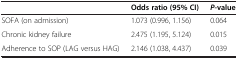
|  | Odds ratio (95% CI) | P-value |
 | --- | --- | --- |
 | SOFA (on admission) | 1.073 (0.996, 1.156) | 0.064 |
 | Chronic kidney failure | 2.475 (1.195, 5.124) | 0.015 |
 | Adherence to SOP (LAG versus HAG) | 2.146 (1.038, 4.437) | 0.039 |